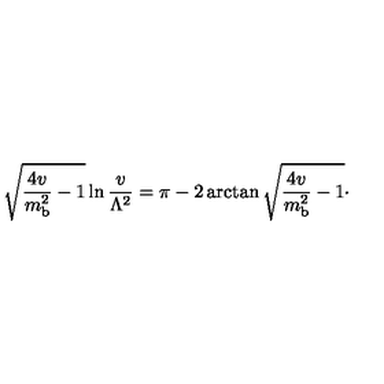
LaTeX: \sqrt { { \frac { 4 v } { m _ { \mathrm { b } } ^ { 2 } } } - 1 } \ln { \frac { v } { \Lambda ^ { 2 } } } = \pi - 2 \arctan \sqrt { { \frac { 4 v } { m _ { \mathrm { b } } ^ { 2 } } } - 1 } \cdotp